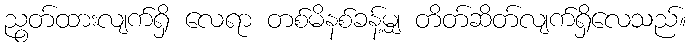
ညွတ်ထားလျက်ရှိ လေရာ တစ်မိနစ်ခန့်မျှ တိတ်ဆိတ်လျက်ရှိလေသည်။